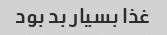
غذا بسیار بد بود